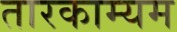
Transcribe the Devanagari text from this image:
तारकाम्यम